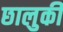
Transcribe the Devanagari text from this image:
छालुकी